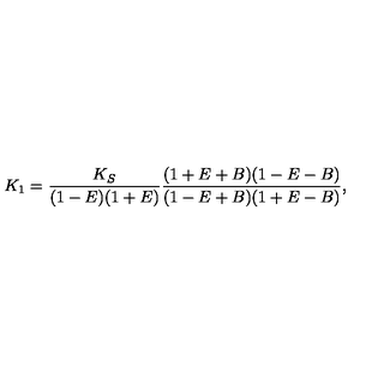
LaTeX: K _ { 1 } = \frac { K _ { S } } { ( 1 - E ) ( 1 + E ) } \frac { ( 1 + E + B ) ( 1 - E - B ) } { ( 1 - E + B ) ( 1 + E - B ) } ,